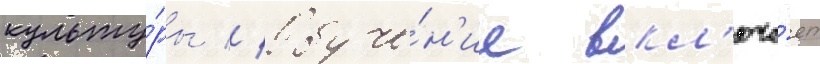
культу́ры // Обуче́н'ие вкл'юча́ет